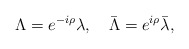
\begin{align*}\Lambda = e^{-i\rho}\lambda,\quad\bar\Lambda = e^{i\rho}\bar\lambda,\quad\end{align*}